Bréfritari: Þórunn Pálsdóttir
Viðtakandi: Páll Pálsson
Dagsetning: A-1826-06-22
Skrifað á: Hallfreðarstöðum  N-Múl.
Páll var bróðir Þórunnar

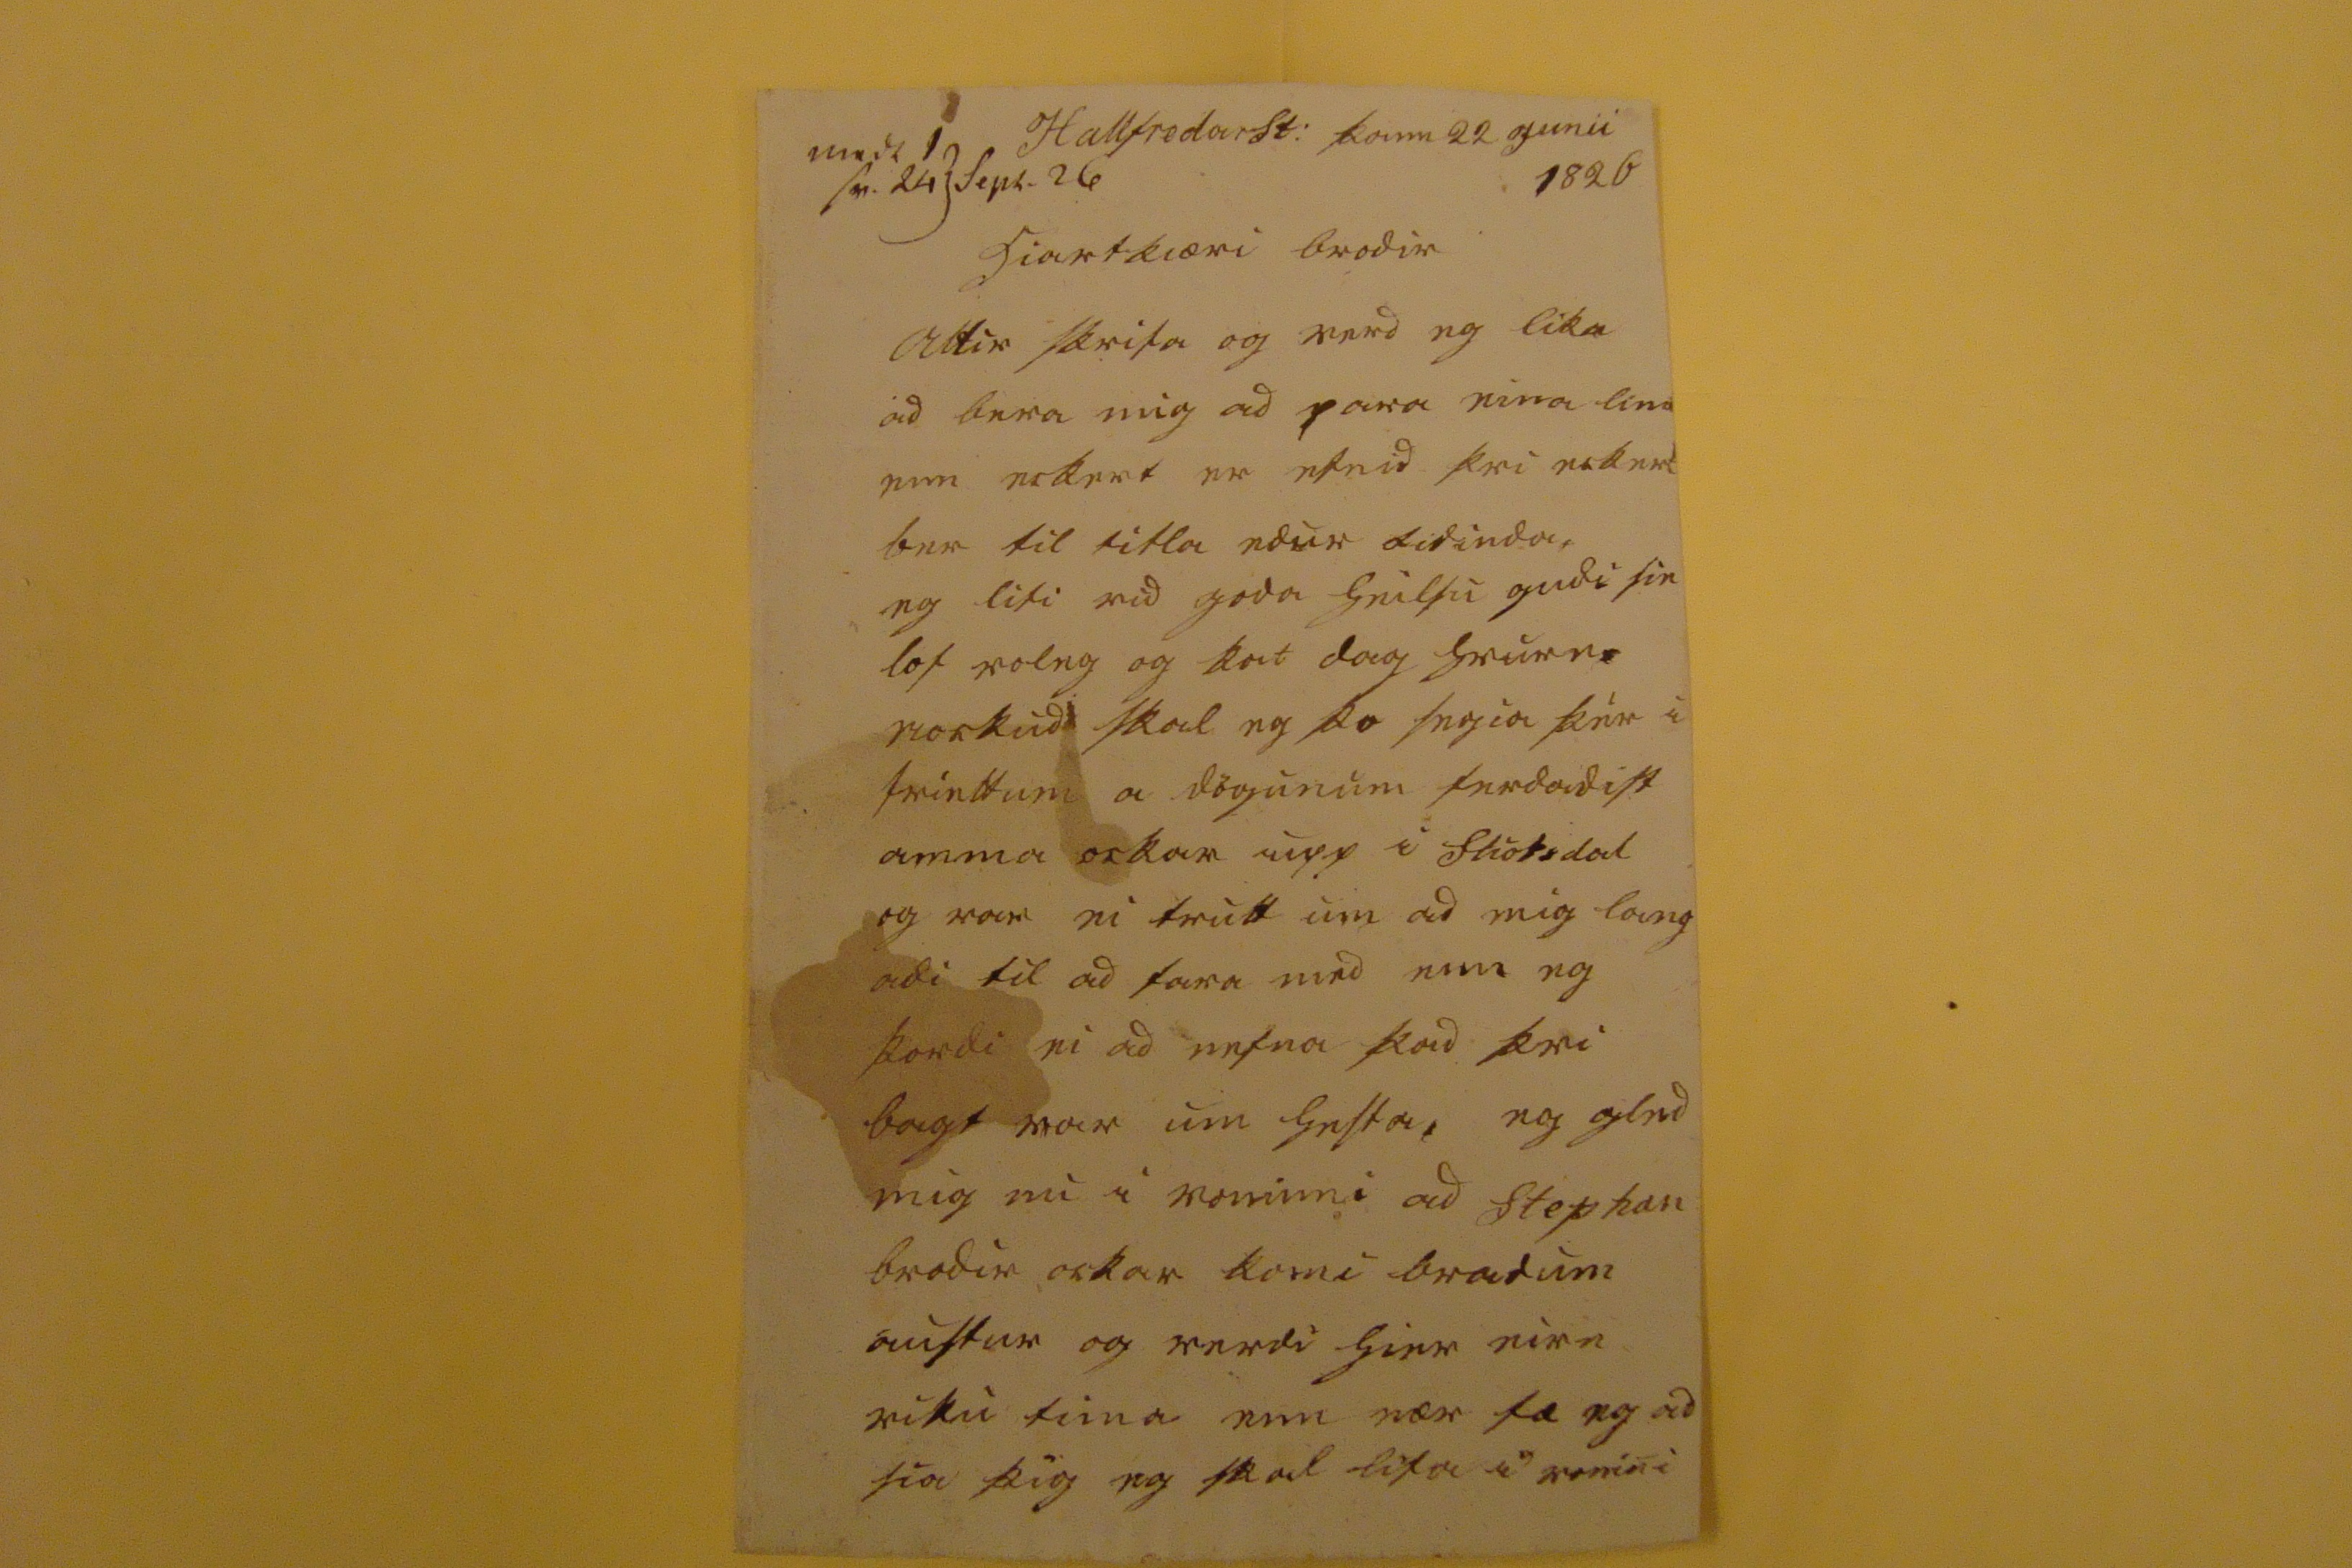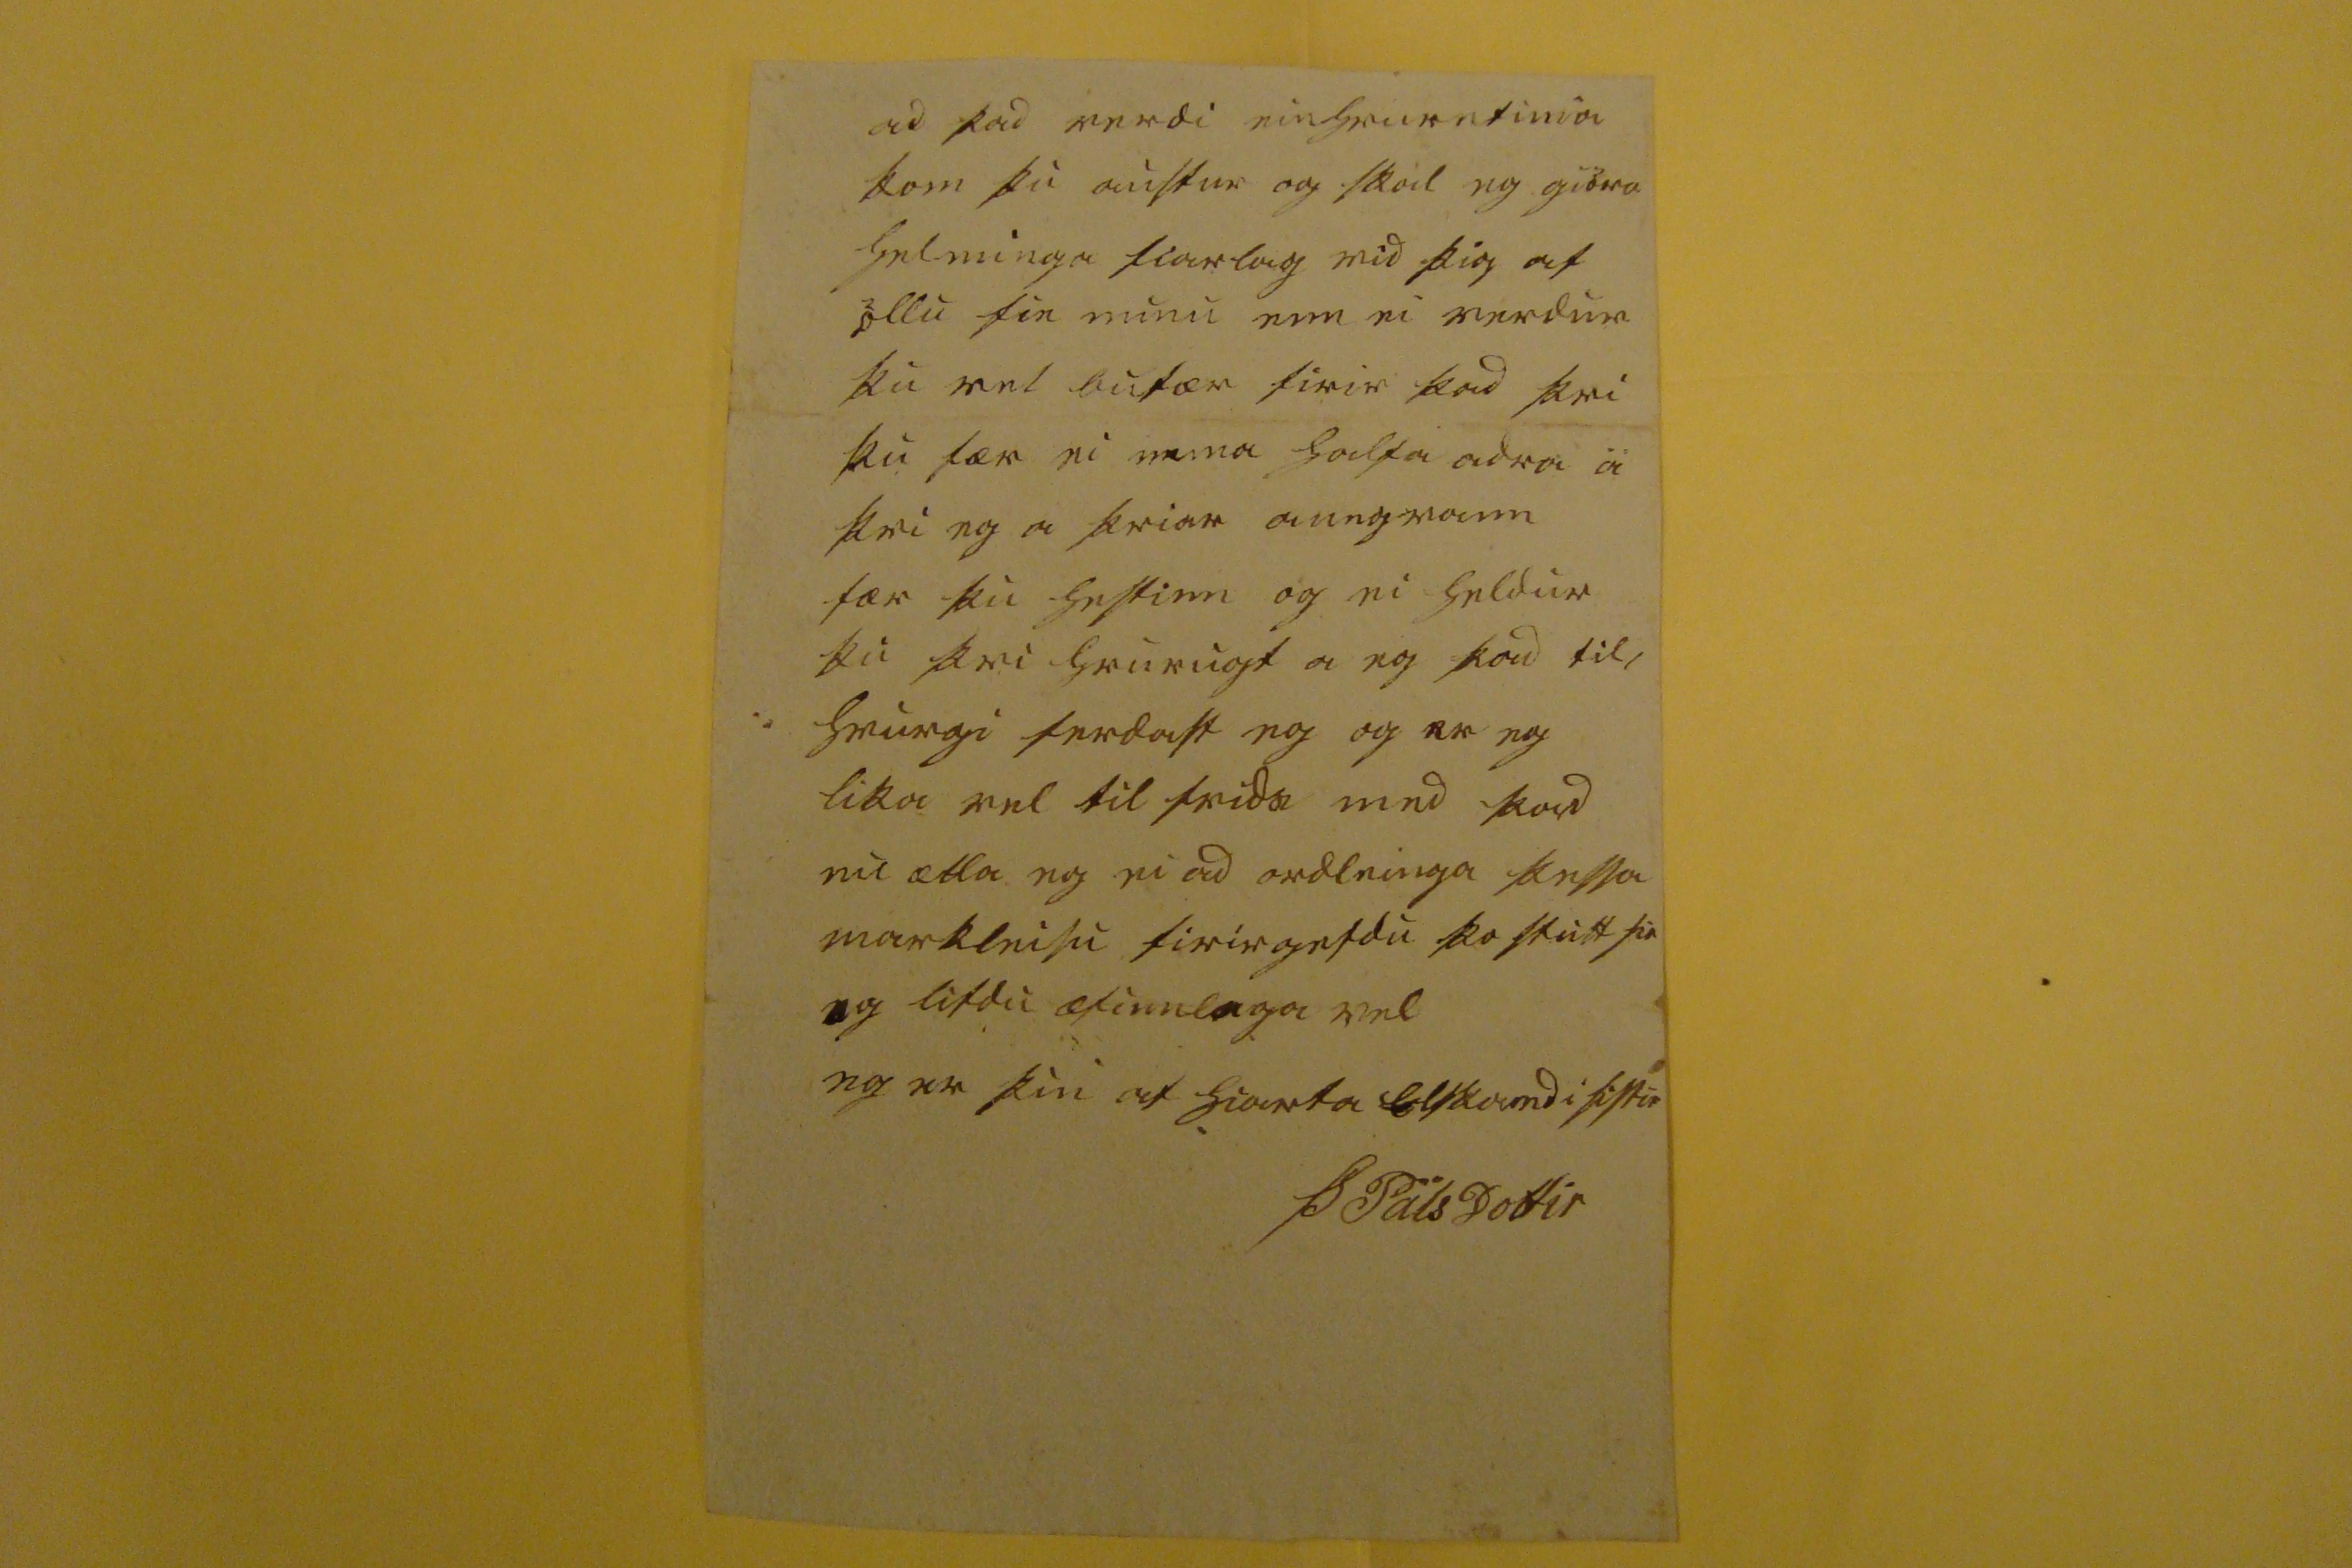

000 1 sv. 24 Sept. 26
Hallfredarst: þann 22 Junii 1826
hiartkiæri brodir
Altir
skrifa og verd eg lika ad bera mig ad para eina linu enn eckert er efnid þvi eckert ber til titla edur tidinda. eg lifi vid goda heilsu gudi sie lof roleg og kat dag hvurn nockud skal eg þo segia þér i friettum a dögunum ferdadist amma ockar upp i fliotsdal og var ei trutt um ad mig lang adi til ad fara med enn eg þordi ei ad nefna þad þvi bagt var um hesta, eg gled mig nu i voninni ad Stephan brodir ockar komi bradum austur og verdi hier eirn viku tima enn nær fæ eg ad sia þig eg skal lifa
0 r00ini
ad þad verdi einhvurntima kom þu austur og skal eg giöra helminga fiarlag vid þig af o
0
llu sie munu enn ei verdur þu vel bufær firir þad þvi þu fær ei nema halfa adra a þvi eg a þriar aungvann fær þu hestinn og ei heldur þu þvi hvurugt a eg þad til, hvurgi ferdast eg og er eg lika vel til frida med þad nu ætla eg ei ad ordleinga þessa markleisu firirgefdu þo stutt sie
og
lifdu æfinnlega vel
eg er þin af hiarta elskandi sistir
Þ Palsdottir